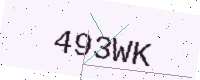
Text: 493WK